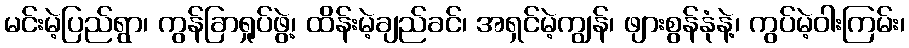
မင်းမဲ့ပြည်ရွာ၊ ကွန်ခြာရှုပ်ဖွဲ့၊ ထိန်းမဲ့ချည်ခင်၊ အရှင်မဲ့ကျွန်၊ ဖျားစွန်နုံနဲ့၊ ကွပ်မဲ့ဝါးကြမ်း၊